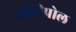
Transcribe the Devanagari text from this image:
मोटीपोल